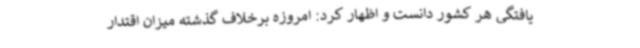
یافتگی هر کشور دانست و اظهار کرد: امروزه برخلاف گذشته میزان اقتدار